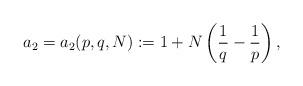
LaTeX: \begin{align*}a_2 = a_2 (p,q,N) := 1+ N\left( \frac{1}{q} -\frac{1}{p} \right) ,\end{align*}